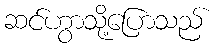
ဆင်ဟွာသို့ပြောသည်